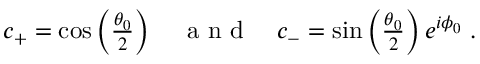
\begin{array} { r } { c _ { + } = \cos \left( \frac { \theta _ { 0 } } { 2 } \right) \quad \mathrm { ~ a ~ n ~ d ~ } \quad c _ { - } = \sin \left( \frac { \theta _ { 0 } } { 2 } \right) e ^ { i \phi _ { 0 } } \; . } \end{array}